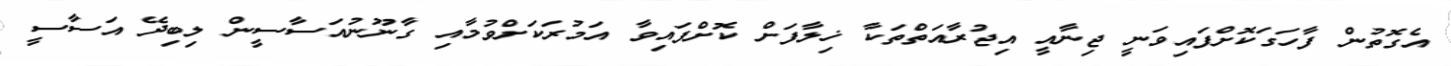
އެގޮތުން ފާހަގަކޮށްފައިވަނީ ޖިނާއީ އިޖުރާއަތްތަކާ ޚިލާފަށް ކޮށްފައިވާ އަމުރަކަށްވުމާއި ގާނޫނުއަސާސީން ލިބިދޭ އަސާސީ